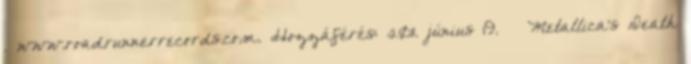
. www.roadrunnerrecords.com. Hozzáférés: 2011. június 19. ↑ Metallica's Death